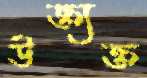
উক্ত্যক্ত